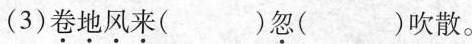
(3)卷地风来( )忽( )吹散。